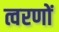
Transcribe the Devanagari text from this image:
त्वरणों